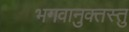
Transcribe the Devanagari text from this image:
भगवानुक्तस्तु